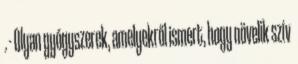
. - Olyan gyógyszerek, amelyekről ismert, hogy növelik szív